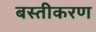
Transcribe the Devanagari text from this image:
बस्तीकरण